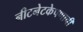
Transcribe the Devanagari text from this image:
नीटनेटकेपणाची